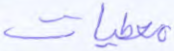
معطيات